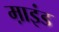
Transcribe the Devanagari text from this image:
म़ाइंड